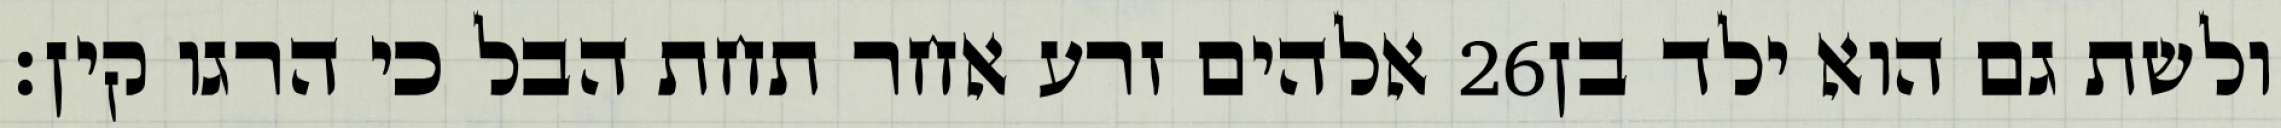
אלהים זרע אחר תחת הבל כי הרגו קין׃ ‎26‏ ולשת גם הוא ילד בן